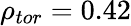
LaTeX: \rho_{tor}=0.42